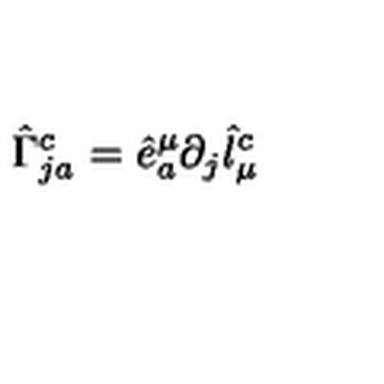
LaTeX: \hat { \Gamma } _ { j a } ^ { c } = \hat { e } _ { a } ^ { \mu } \partial _ { j } \hat { l } _ { \mu } ^ { c }